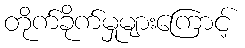
တိုက်ခိုက်မှုများကြောင့်